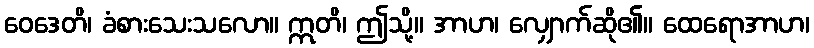
ဝေဒေတိ၊ ခံစားသေးသလော။ ဣတိ၊ ဤသို့။ အာဟ၊ လျှောက်ဆို၏။ ထေရောအာဟ၊